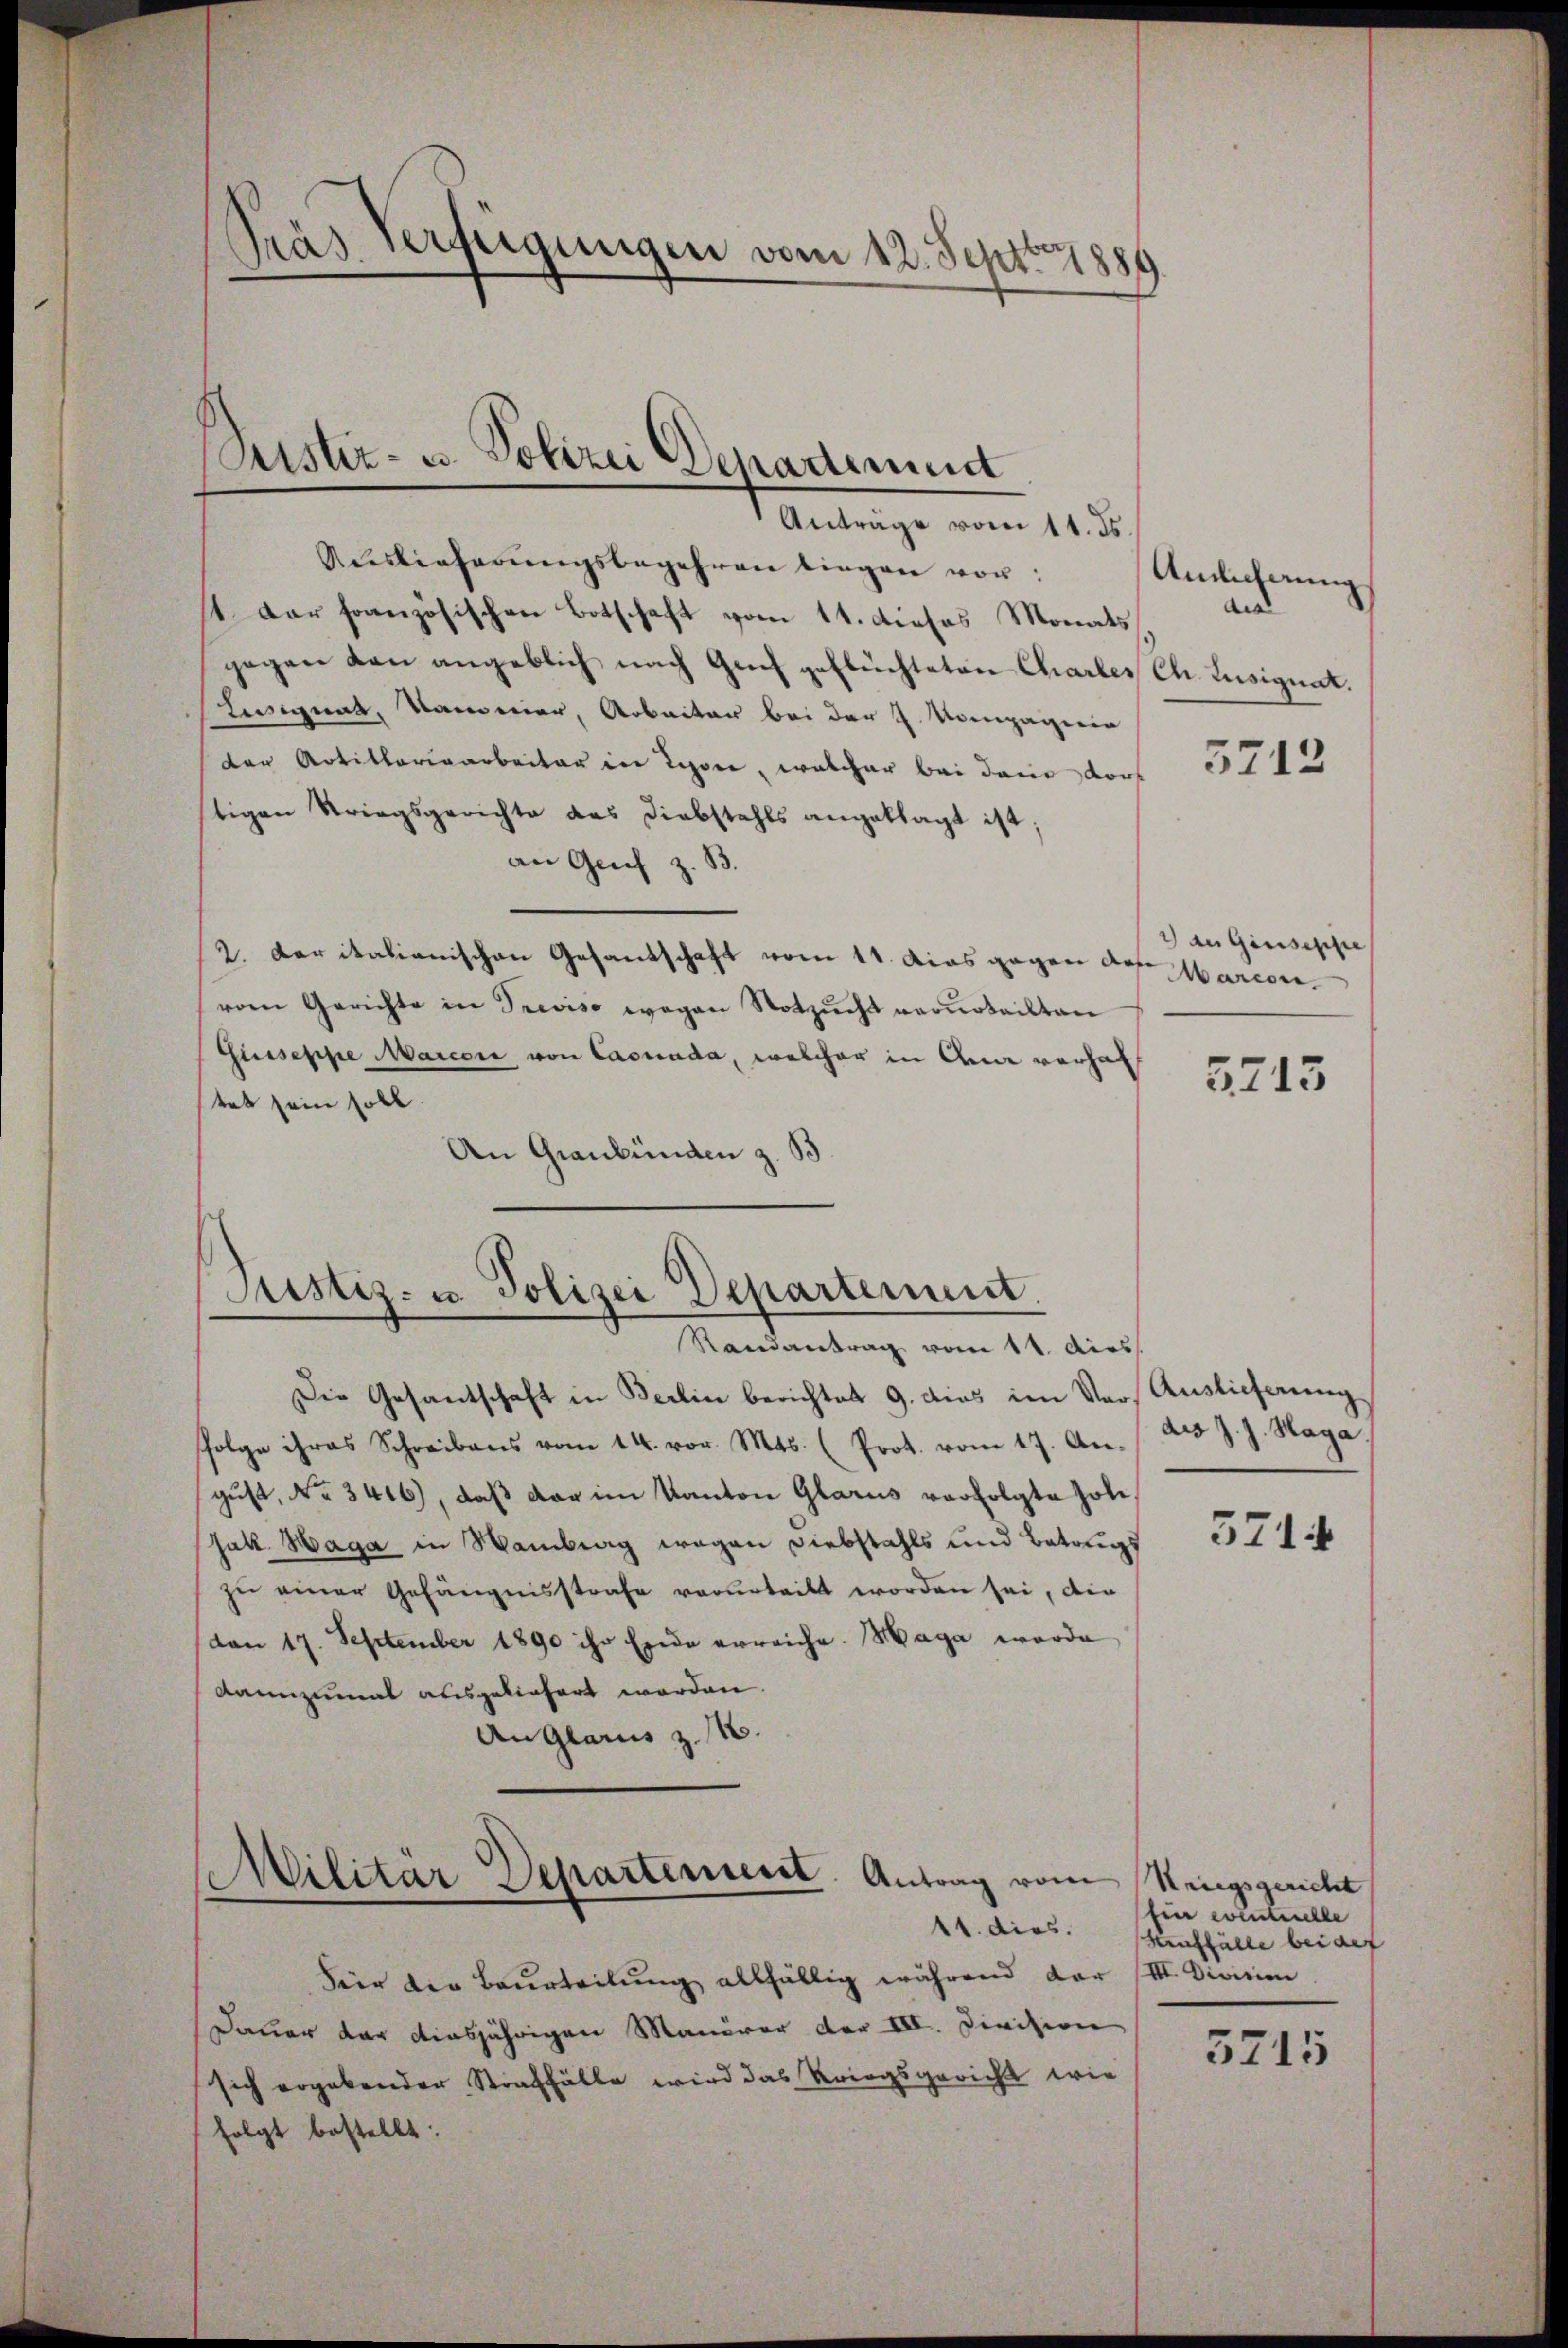
Pras Verfügungen vom 12. Sept. 1880

Cister- u. Polizei Departement
Anträge vom 11. ds

Auslieferŭngsbegehren liegen vor:
1. Der französischen Botschaft vom 11. dieses Monats
gegen von angeblich nach Genf geflüchteten Charler Ch. Lusignat.
Lessignat, Kammer, Arbeiter bei der J. Kompagerin
der Artillarisarbeiter in Lepine, welcher bei dem dort
tigen Striegsgerichte des Diebstahls angeklagt ist;
an Genf z. B.
2. daritalianischen Gesandschaft vom 11. Das gegen des Marcon
vom Gerichte in Treviso wegen Notzŭcht verurteilten
Giuseppe Marcore von Casuada, welcher in dem verhal
tet sein soll.
An Graubünden z. B

Justiz- u. Polizei Departement.
Randantrag vom 11. dies

Die Gesantschaft in Berlin berichtet 9. dies im Vor Auslieferung
folge ihres Schreibens vom 14. vor. Mts. (Prot. vom 17. An. 20 J. J. Haga.
gust, No 3416), daß der im Kanton Glarus vorfolgte Polisak Haga in Wamberg wegen Diebstahls und Betrugs
zu einer Gefängnisstrafe verurteilt worden sei, die
don 17. September 1890 ihr Erde erreiche. Maga worde
dannzumal ausgeliefert werden.
An Glarus z. B.
Militär Departement. Antrag vom Kriegsgericht
14. dies.
Feir der Beurteilŭng allfällig während dar III. Division
Dauer der diesjährigen Manöver der III. Division
sich ergebender Straffälle wird das Kriegsgericht wie
folgt bestellt.

Anlicherung
dis

5712

dau Giuseppe

5213

5714

für eventuelle
Huffälle bei auf

5715